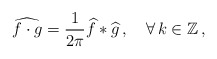
\begin{align*}\widehat{f\cdot g}=\frac1{2\pi}\widehat{f}\ast\widehat{g}\,,\quad\forall\,k\in\mathbb Z\,,\end{align*}